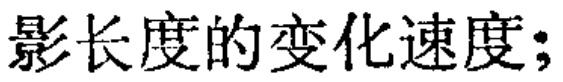
影长度的变化速度;